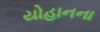
યોહાનના